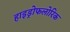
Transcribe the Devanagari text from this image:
हाइड्रोफलोरिक